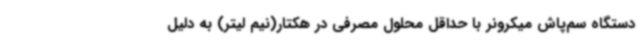
دستگاه سم‌پاش میکرونر با حداقل محلول مصرفی در هکتار(نیم لیتر) به دلیل